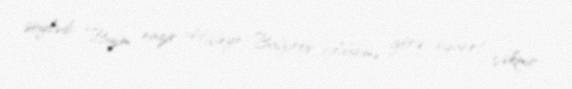
söylədi: “Bizim nazir Hüseyn Bağırov bildiyimə görə, siqaret çəkmir.